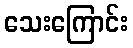
သေးကြောင်း